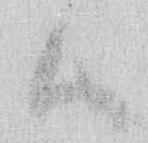
候